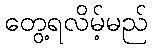
တွေ့ရလိမ့်မည်